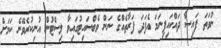
ނުވަތަ ފައިސާ ދައްކައިފިނަމަ އެފަދަ ފަރާތެއްގެ ނަން ވެބްސައިޓުގައިވާ ލިސްޓުން އުނިކުރެވޭނެ ކަމަށް